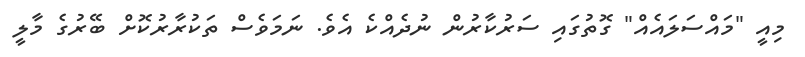
މިއީ "މައްސަލައެއް" ގޮތުގައި ސަރުކާރުން ނުދެއްކެ އެވެ. ނަމަވެސް ތަކުރާރުކޮށް ބޭރުގެ މާލީ